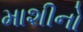
માશીનો